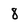
Character: 8